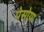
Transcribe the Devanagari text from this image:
पेसोया